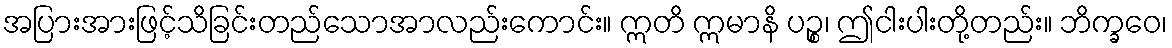
အပြားအားဖြင့်သိခြင်းတည်သောအာလည်းကောင်း။ ဣတိ ဣမာနိ ပဉ္စ၊ ဤငါးပါးတို့တည်း။ ဘိက္ခဝေ၊